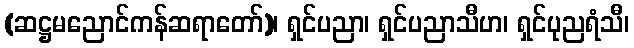
(ဆဋ္ဌမညောင်ကန်ဆရာတော်)၊ ရှင်ပညာ၊ ရှင်ပညာသီဟ၊ ရှင်ပုညရံသီ၊